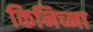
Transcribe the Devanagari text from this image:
किनिच्ना